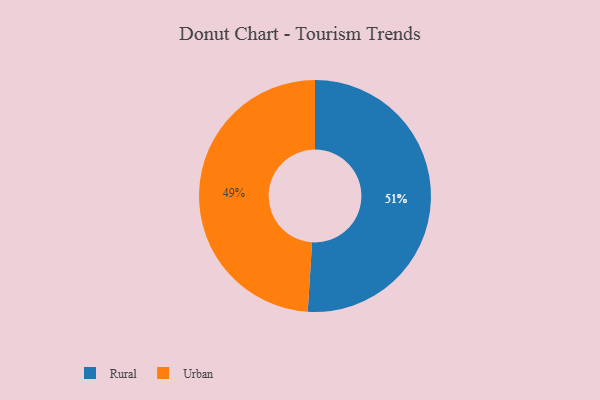
{"axis": {"x": "Category", "y": "Percentage"}, "legend": ["Rural", "Urban"], "data": [{"x": "Rural", "y": 51, "type": "Rural"}, {"x": "Urban", "y": 49, "type": "Urban"}]}